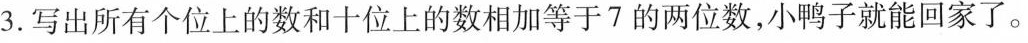
3.写出所有个位上的数和十位上的数相加等于7的两位数，小鸭子就能回家了。